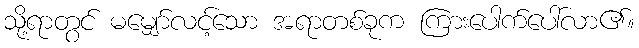
သို့ရာတွင် မမျှော်လင့်သော အရာတစ်ခုက ကြားပေါက်ပေါ်လာ၏။